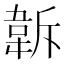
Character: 𩎚